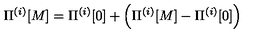
\Pi ^ { ( i ) } [ M ] = \Pi ^ { ( i ) } [ 0 ] + \left( \Pi ^ { ( i ) } [ M ] - \Pi ^ { ( i ) } [ 0 ] \right)